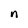
Character: n